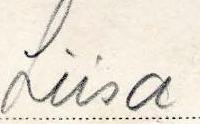
Liisa